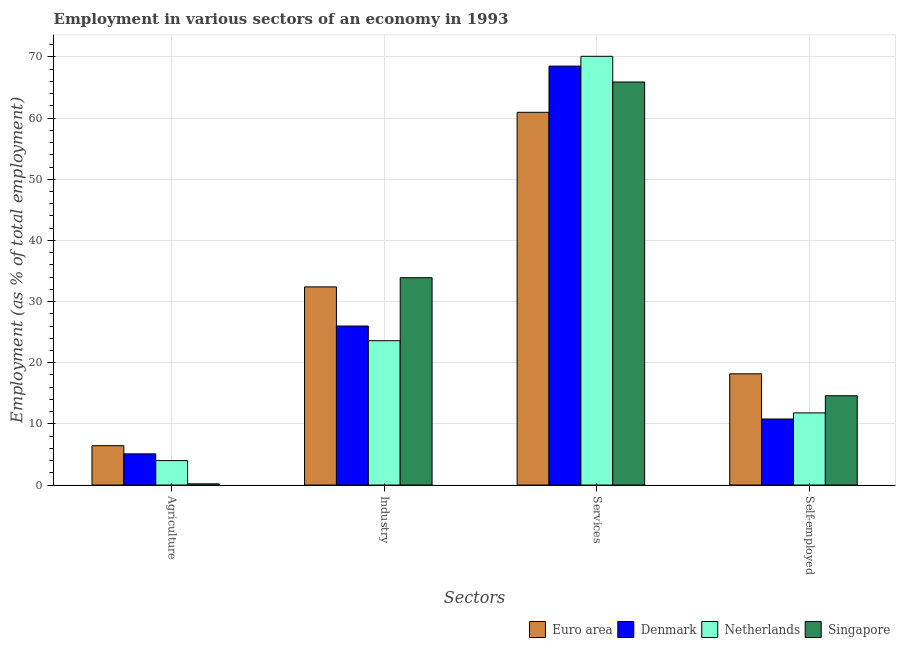
| Sectors | Euro area | Denmark | Netherlands | Singapore |
 | --- | --- | --- | --- | --- |
 | Agriculture | 6.44 | 5.1 | 4 | 0.2 |
 | Industry | 32.4 | 26 | 23.6 | 33.9 |
 | Services | 60.9 | 68.5 | 70.1 | 65.9 |
 | Self-employed | 18.2 | 10.8 | 11.8 | 14.6 |